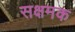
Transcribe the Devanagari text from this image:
सक्षमक